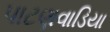
પાટણવાડિયા